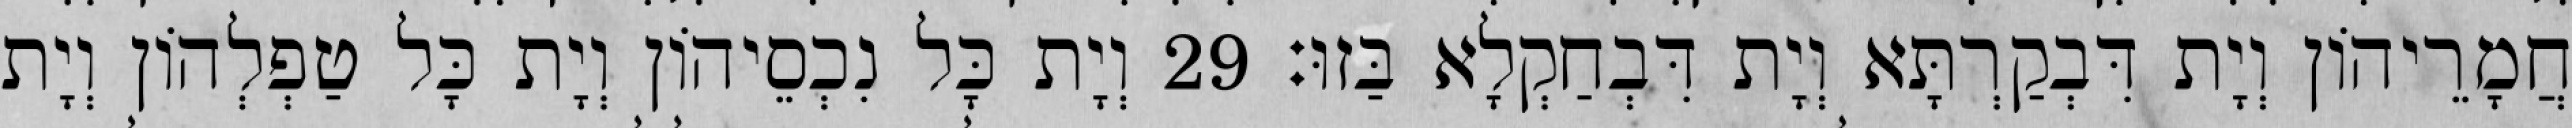
חֲמָרֵיהוֹן וְיָת דִּבְקַרְתָּא וְיָת דִּבְחַקְלָא בַּזוּ׃ 29 וְיָת כָּל נִכְסֵיהוֹן וְיָת כָּל טַפְלְהוֹן וְיָת